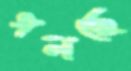
গলছে